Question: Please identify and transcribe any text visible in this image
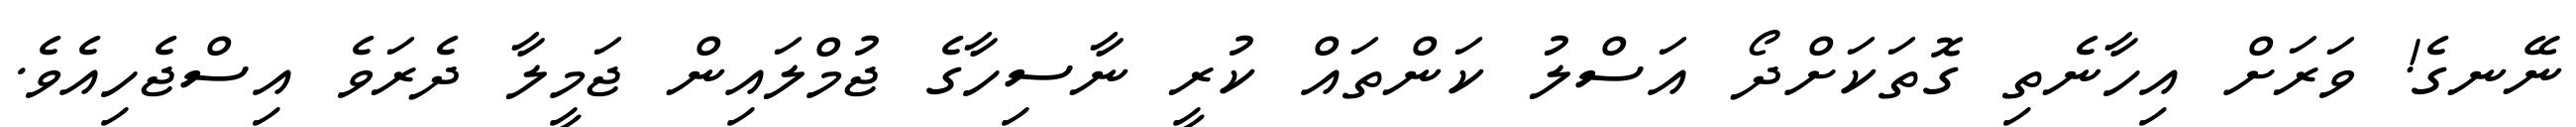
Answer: ނޭނގެ! ވަރަށް އިހާނެތި ގޮތަކަށްދޯ އަސްލު ކަންތައް ކުރީ ނާސިހާގެ ޖުމްލައިން ޖަމީލާ ދެރަވެ އިސްޖެހިއެވެ.